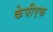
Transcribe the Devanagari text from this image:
केपीएफ